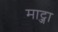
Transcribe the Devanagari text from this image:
माट्जा